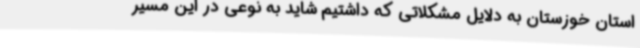
استان خوزستان به دلایل مشکلاتی که داشتیم شاید به نوعی در این مسیر